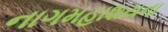
નાગમહાશયના